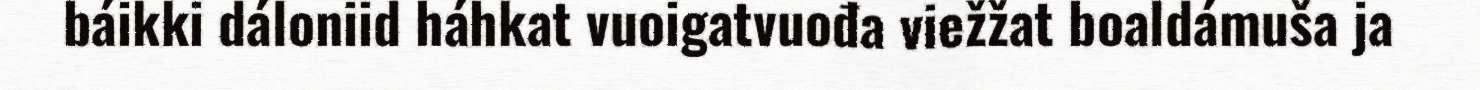
báikki dáloniid háhkat vuoigatvuođa viežžat boaldámuša ja